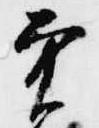
実